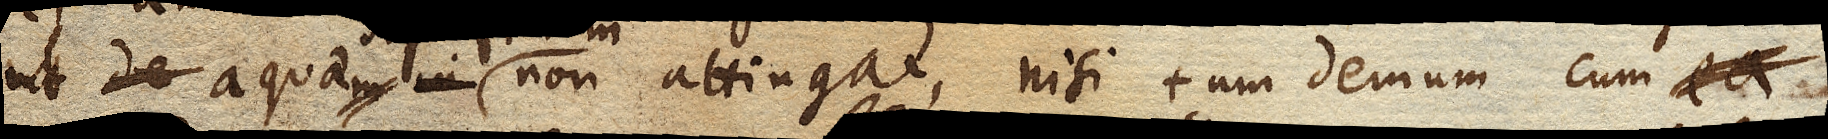
ut aquae non attingat, nisi tum demum cum ea